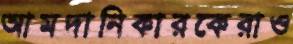
আমদানিকারকেরাও